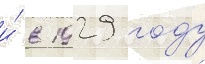
и́ в 1929 году